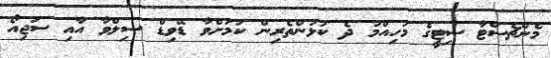
މެންޗެސްޓާ ސިޓީގެ މުހިއްމު ދެ ކުޅުންތެރިން ކަމަށްވާ ޑޭވިޑް ސިލްވާ އާއި ސަޖިއޯ